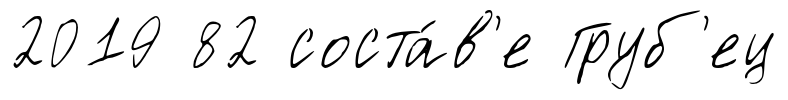
2019 82 соста́в'е Груб'ец